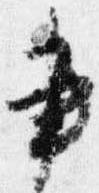
書